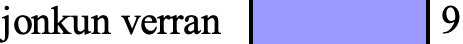
jonkun verran  9